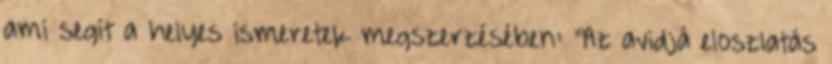
ami segít a helyes ismeretek megszerzésében: "Az avidjá eloszlatás